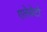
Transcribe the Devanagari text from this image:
एलेग्रेटो